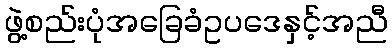
ဖွဲ့စည်းပုံအခြေခံဥပဒေနှင့်အညီ